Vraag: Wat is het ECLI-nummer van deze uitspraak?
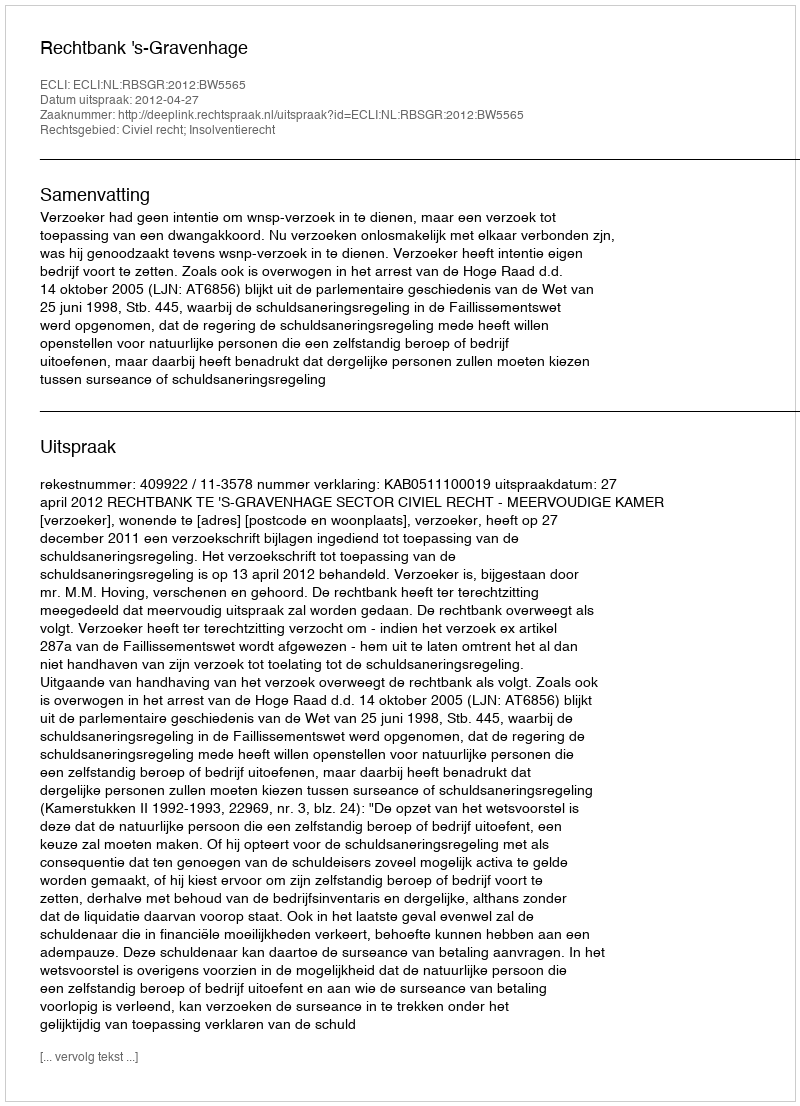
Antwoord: ECLI:NL:RBSGR:2012:BW5565